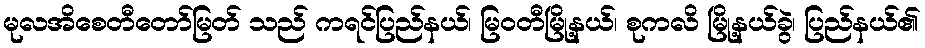
မုလအိစေတီတော်မြတ် သည် ကရင်ပြည်နယ်၊ မြဝတီမြို့နယ်၊ စုကလိ မြို့နယ်ခွဲ၊ ပြည်နယ်၏